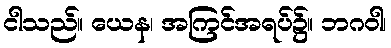
ငါသည်။ ယေန၊ အကြင်အရပ်၌။ ဘဂဝါ၊